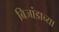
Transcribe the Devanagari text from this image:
बिजांडाच्या